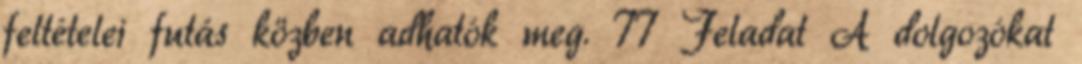
feltételei futás közben adhatók meg. 77 Feladat A dolgozókat